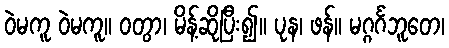
ဝဲမကူ ဝဲမကူ။ ဝတွာ၊ မိန့်ဆိုပြီး၍။ ပုန၊ ဖန်။ မဂ္ဂင်္ဂဘူတေ၊